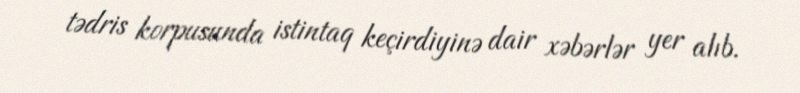
tədris korpusunda istintaq keçirdiyinə dair xəbərlər yer alıb.